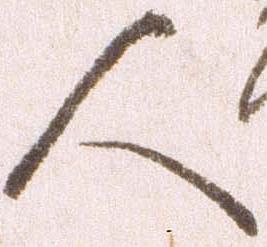
人